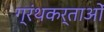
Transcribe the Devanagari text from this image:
ग्रंथकर्ताओं